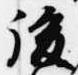
後